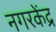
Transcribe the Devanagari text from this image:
नगरकेंद्र